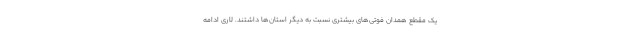
یک مقطع همدان فوتی‌های بیشتری نسبت به دیگر استان‌ها داشتند. لاری ادامه